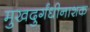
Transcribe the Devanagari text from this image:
मुखदुर्गंधीनाशक